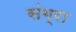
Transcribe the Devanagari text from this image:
संग्रा